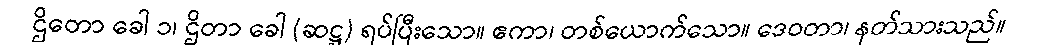
ဌိတော ခေါ ၁၊ ဌိတာ ခေါ (ဆဋ္ဌ) ရပ်ပြီးသော။ ဧကာ၊ တစ်ယောက်သော။ ဒေဝတာ၊ နတ်သားသည်။